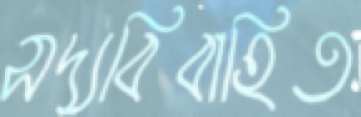
সদ্যবিবাহিত